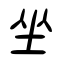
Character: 坐